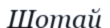
Шотай